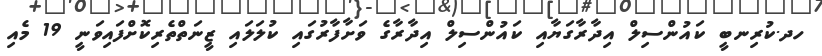
ހދ.ކުރިނބީ ކައުންސިލް އިދާރާގަޔާއި ކައުންސިލް އިދާރާގެ ވަށާފާރުގައި ކުލަލައި ޒީނަތްތެރިކޮށްފައިވަނީ 19 މެއި